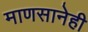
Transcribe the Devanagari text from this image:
माणसानेही